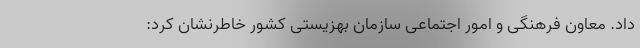
داد. معاون فرهنگی و امور اجتماعی سازمان بهزیستی کشور خاطرنشان کرد: